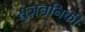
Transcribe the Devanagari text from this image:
सुज़ननिकी